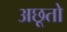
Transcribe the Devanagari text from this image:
अछूतो